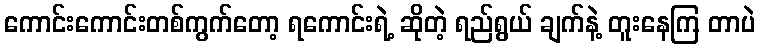
ကောင်းကောင်းတစ်ကွက်တော့ ရကောင်းရဲ့ ဆိုတဲ့ ရည်ရွယ် ချက်နဲ့ တူးနေကြ တာပဲ